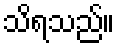
သိရသည်။